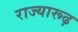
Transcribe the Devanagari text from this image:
राज्यारूढ़